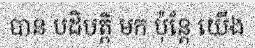
បាន បដិបត្តិ មក ប៉ុន្តែ យើង